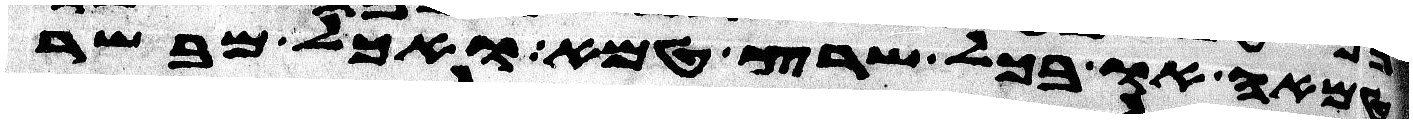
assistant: טמאה או בכל שרץ טמא ואכל מבשר